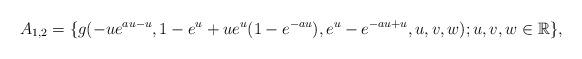
LaTeX: \begin{align*} A_{1,2}=\{g(-ue^{au-u},1-e^{u}+ue^{u}(1-e^{-au}),e^{u}-e^{-au+u},u,v,w); u, v, w\in \mathbb R\}, \end{align*}